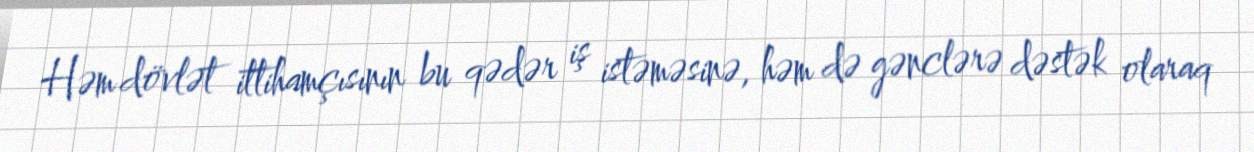
Həm dövlət ittihamçısının bu qədər iş istəməsinə, həm də gənclərə dəstək olaraq